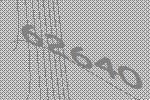
62640